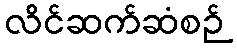
လိင်ဆက်ဆံစဉ်